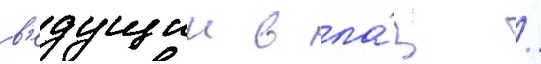
в'едущии в ла́з /